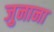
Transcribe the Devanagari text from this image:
जुनाना